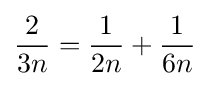
{\frac {2}{3n}}={\frac {1}{2n}}+{\frac {1}{6n}}